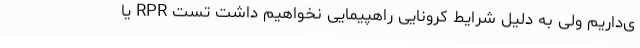
ی‌داریم ولی به دلیل شرایط کرونایی راهپیمایی نخواهیم داشت تست RPR یا